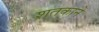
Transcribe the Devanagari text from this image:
शतकाने